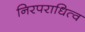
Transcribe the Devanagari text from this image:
निरपराधित्व